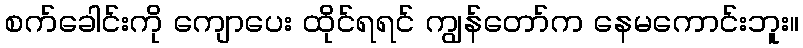
စက်ခေါင်းကို ကျောပေး ထိုင်ရရင် ကျွန်တော်က နေမကောင်းဘူး။